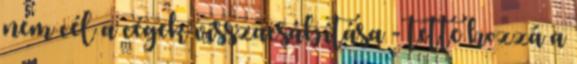
nem cél a cégek visszacsábítása - tette hozzá a